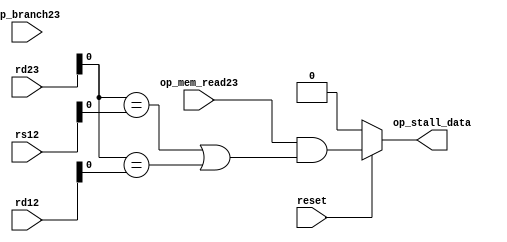
module stall_unit(
  // 1phase
  // wire
  // input clock,

  input reset,

  // state
  // 
  // input state,

  // p3op_mem_read
  input op_mem_read23,  
  
  // p3
  input [2:0] rd23,
  // p11
  input [2:0] rd12,
  // p12
  input [2:0] rs12,

  // p2
  input op_branch23,

  // 
  // output op_stall_ctrl,
  // 
  output op_stall_data);

  
  
  // function should_stall_ctrl;
  //   input op_branch23;

  //   if (reset == 1'b0) begin
  //     should_stall_ctrl = 1'b0;
  //   end
  //   else begin
  //     should_stall_ctrl = op_branch23;
  //   end
  // endfunction


  function should_stall_data;
    input op_mem_read23;
    input rd23;
    input rs12;
    input rd12;

    if (reset == 1'b0) begin
      should_stall_data = 1'b0;
    end
    else begin
      should_stall_data = (op_mem_read23 & ((rd23 == rs12 || rd23 == rd12)));
    end
    
  endfunction
  
  // assign op_stall_ctrl = should_stall_ctrl;
  assign op_stall_data = should_stall_data(op_mem_read23, rd23, rs12, rd12);
  





endmodule